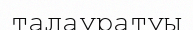
талауратуы